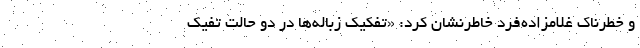
و خطرناک غلامزاده‌فرد خاطرنشان کرد: «تفکیک زباله‌ها در دو حالت تفیک